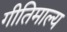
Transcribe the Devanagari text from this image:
गीतिमाल्य